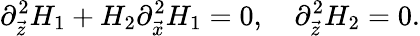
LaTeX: \partial_{\vec{z}}^{2}H_{1}+H_{2}\partial_{\vec{x}}^{2}H_{1}=0,\ \ \ \ \partial_{\vec{z}}^{2}H_{2}=0.